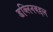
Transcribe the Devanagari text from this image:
डब्लिनबद्दल